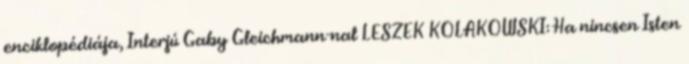
enciklopédiája, Interjú Gaby Gleichmann-nal LESZEK KOLAKOWSKI: Ha nincsen Isten